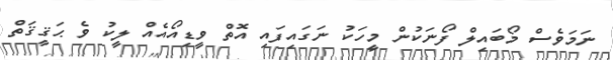
ނަމަވެސް މޯބައިލް ފޯނަކުން މީހަކު ނަގައިފައި އޮތް ވީޑިއޯއެއް ލީކު ވެ ޙަޤީޤަތް